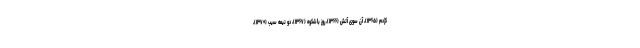
کژدم (۱۳۶۵)، آن سوی آتش (۱۳۶۶)، روز باشکوه (۱۳۶۷)، دو نیمه سیب (۱۳۷۰)،